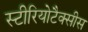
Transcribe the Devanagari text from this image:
स्टीरियोटैक्सीस